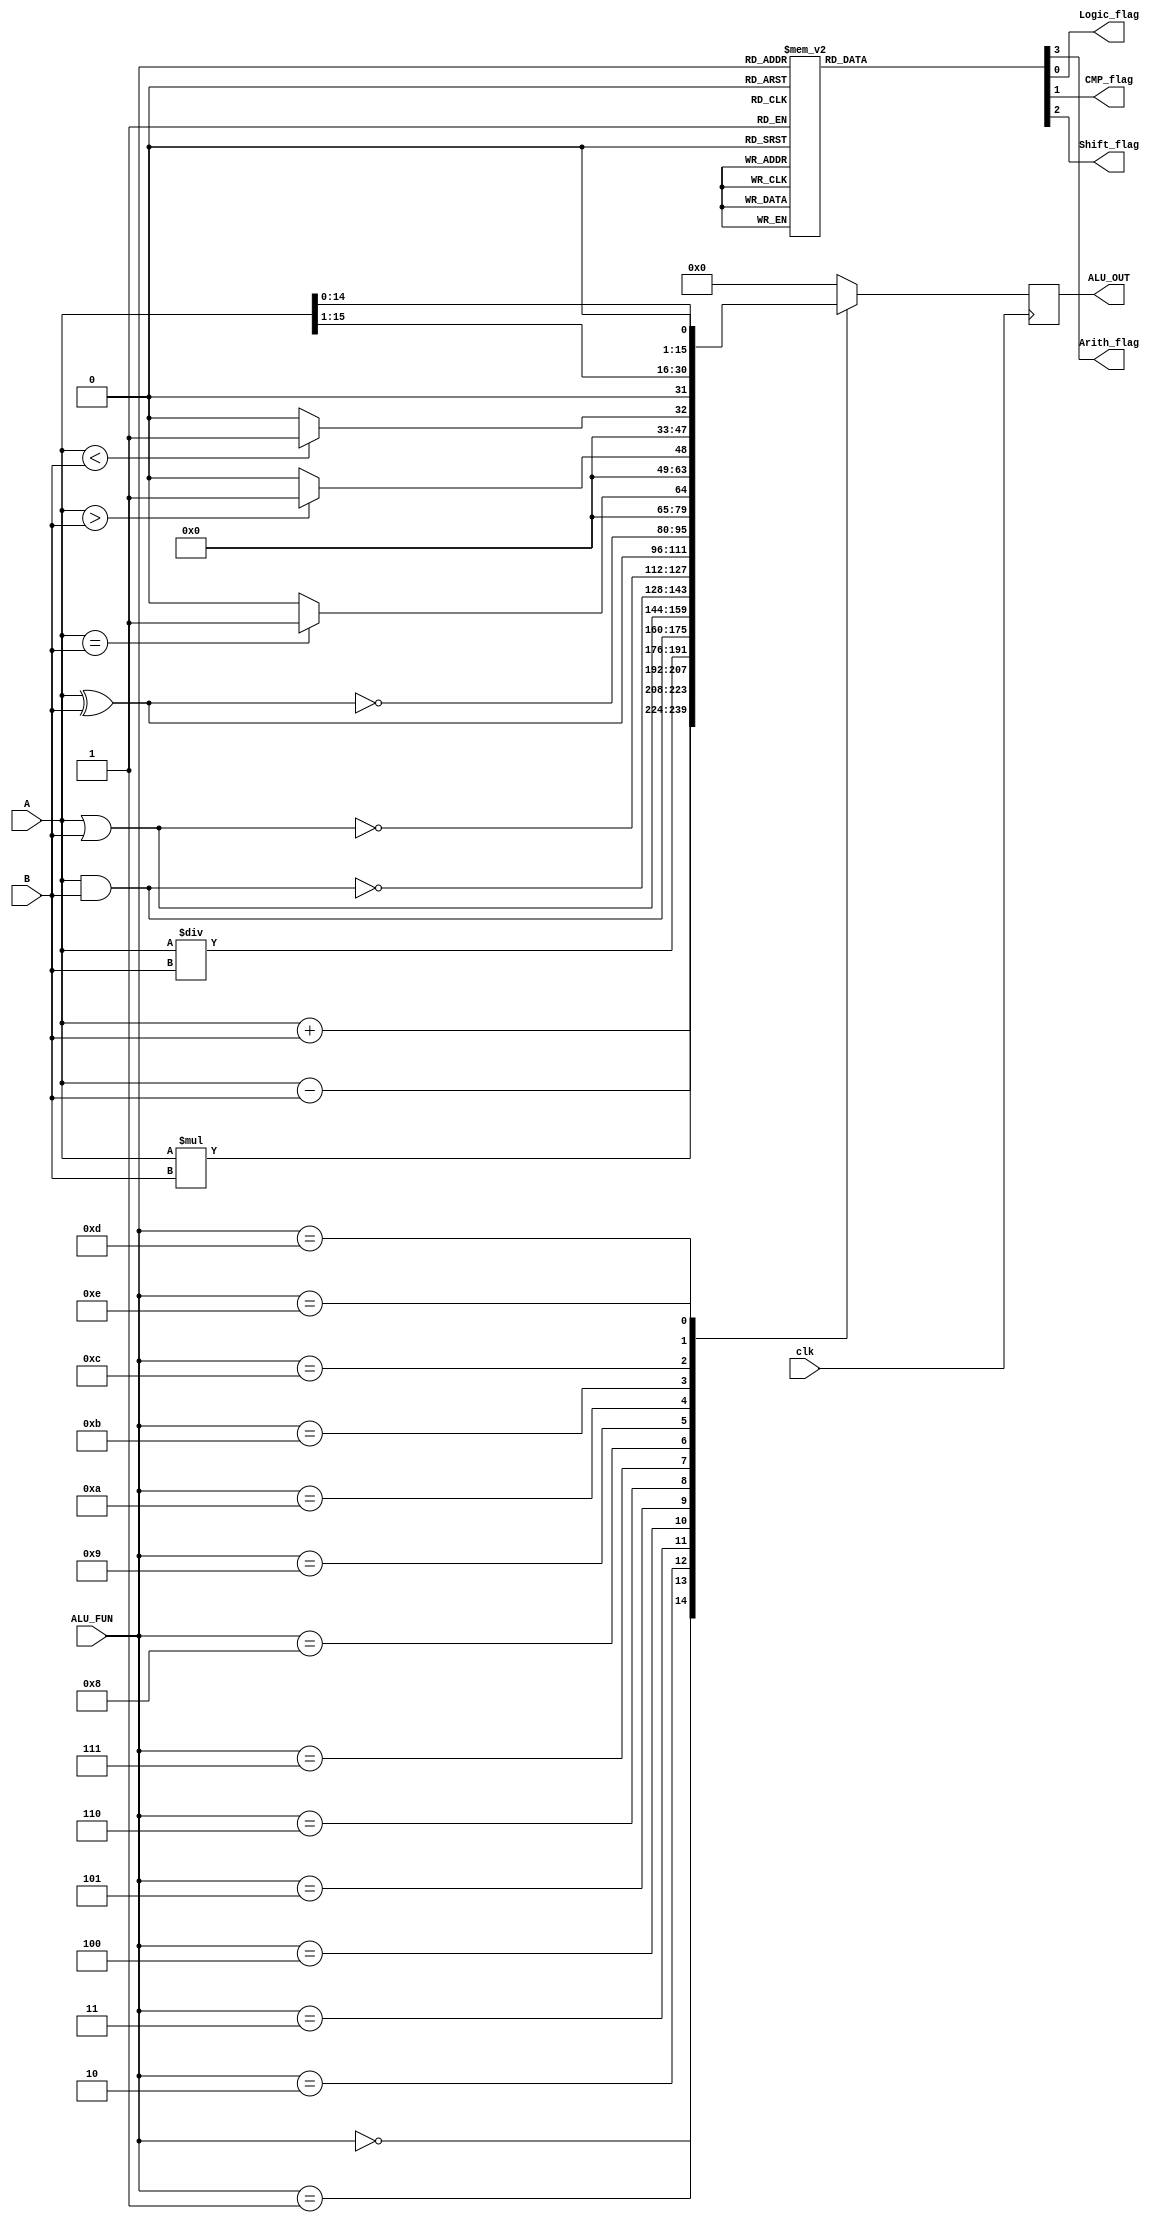
`timescale 1us / 1ns
//////////////////////////////////////////////////////////////////////////////////
// Diploma: By Eng. Ali Mohamed Eltemsah
// Design Name: DigIC_Dip08_09_V_W3
// Module Name: ALU_16bit
// Project Name: Assignment 3
//////////////////////////////////////////////////////////////////////////////////


module ALU_16bit(
    input   wire [15 : 0] A, B,
    input   wire [3 : 0] ALU_FUN,
    input   wire clk,
    output  reg  Arith_flag,
    output  reg  Logic_flag,
    output  reg  CMP_flag,
    output  reg  Shift_flag,
    output  wire  [15 : 0] ALU_OUT
    );
    
    reg [15 : 0] Q_reg, Q_next;
  
    always @(posedge clk)
        begin
            Q_reg <= Q_next;
        end
    
    always @(*)
        begin
            Q_next = Q_reg;
            case (ALU_FUN)
            4'b0000:    begin
                            Q_next = A + B;
                        end
            4'b0001:    begin
                            Q_next = A - B;
                        end
            4'b0010:    begin
                            Q_next = A * B;
                        end
            4'b0011:    begin
                            Q_next = A / B;
                        end
            4'b0100:    begin
                            Q_next = A & B;
                        end
            4'b0101:    begin
                            Q_next = A | B;
                        end
            4'b0110:    begin
                            Q_next = ~(A & B);
                        end
            4'b0111:    begin
                            Q_next = ~(A | B);
                        end
            4'b1000:    begin
                            Q_next = A ^ B;
                        end
            4'b1001:    begin
                            Q_next = ~(A ^ B);
                        end
            4'b1010:    begin
                            if (A == B)
                                Q_next = 1;
                            else
                                Q_next = 0;
                        end
            4'b1011:    begin
                            if (A > B)
                                Q_next = 1;
                            else
                                Q_next = 0;
                        end
            4'b1100:    begin
                            if (A < B)
                                Q_next = 1;
                            else
                                Q_next = 0;
                        end
            4'b1101:    begin
                            Q_next = A >> 1;
                        end
            4'b1110:    begin
                            Q_next = A << 1;
                        end
            default:    begin
                            Q_next = 16'b0;
                        end
            endcase
        end
        
    always @(*)
        begin
            Arith_flag  = 1'b0;
            Logic_flag  = 1'b0;
            CMP_flag    = 1'b0;
            Shift_flag  = 1'b0;
            case (ALU_FUN)
            4'b0000:    begin
                            Arith_flag = 1'b1;
                        end
            4'b0001:    begin
                            Arith_flag = 1'b1;
                        end
            4'b0010:    begin
                            Arith_flag = 1'b1;
                        end
            4'b0011:    begin
                            Arith_flag = 1'b1;
                        end
            4'b0100:    begin
                            Logic_flag = 1'b1;
                        end
            4'b0101:    begin
                            Logic_flag = 1'b1;
                        end
            4'b0110:    begin
                            Logic_flag = 1'b1;
                        end
            4'b0111:    begin
                            Logic_flag = 1'b1;
                        end
            4'b1000:    begin
                            Logic_flag = 1'b1;
                        end
            4'b1001:    begin
                            Logic_flag = 1'b1;
                        end
            4'b1010:    begin
                            CMP_flag = 1'b1;
                        end
            4'b1011:    begin
                            CMP_flag = 1'b1;
                        end
            4'b1100:    begin
                            CMP_flag = 1'b1;
                        end
            4'b1101:    begin
                            Shift_flag = 1'b1;
                        end
            4'b1110:    begin
                            Shift_flag = 1'b1;
                        end
            default:    begin
                            Arith_flag  = 1'b0;
                            Logic_flag  = 1'b0;
                            CMP_flag    = 1'b0;
                            Shift_flag  = 1'b0;
                        end
            endcase
        end
        assign ALU_OUT = Q_reg;
endmodule